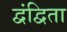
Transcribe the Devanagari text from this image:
द्वंद्विता